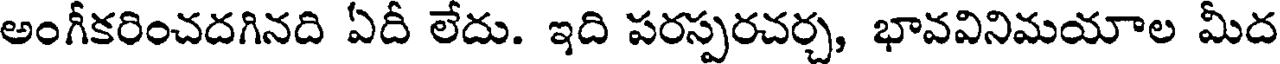
అంగీకరించదగినది ఏదీ లేదు. ఇది పరస్పరచర్చ, భావవినిమయాల మీద